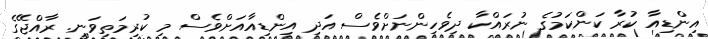
އިންޑިއާ ކުރާ ކަންކަމުގެ ނުރައްކާ ދިވެހިންނަށްވެސް އަދި އިންޑިއާއަށްވެސް މި ކުރިމަތިވަނީ. ރާއްޖޭގެ